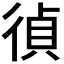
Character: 𢔤